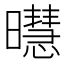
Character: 㬩